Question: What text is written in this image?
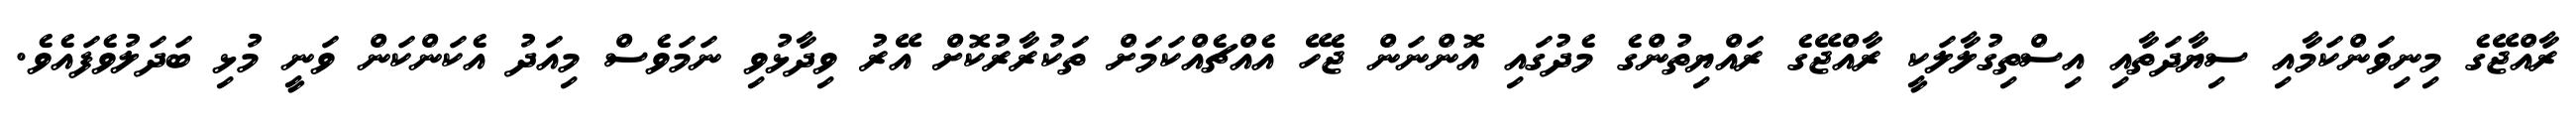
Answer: ރާއްޖޭގެ މިނިވަންކަމާއި ސިޔާދަތާއި އިސްތިގުލާލަކީ ރާއްޖޭގެ ރައްޔިތުންގެ މެދުގައި އޮންނަން ޖެހޭ އެއްޗެއްކަމަށް ތަކުރާރުކޮށް އޭރު ވިދާޅުވި ނަމަވެސް މިއަދު އެކަންކަން ވަނީ މުޅި ބަދަލުވެފައެވެ.